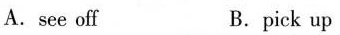
A. see off B. pick up